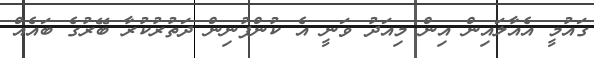
ގައުމީ އެއާލައިން އިން މިއަދު ވަނީ އެ ކުންފުނިން ދަތުރުކުރާ ބޭރުގެ ބައެއް